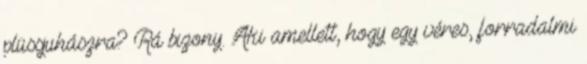
plüssjuhászra? Rá bizony. Aki amellett, hogy egy véres, forradalmi